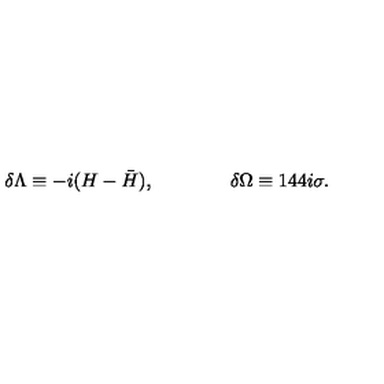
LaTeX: \delta \Lambda \equiv - i ( H - { \bar { H } } ) , \qquad \qquad \delta \Omega \equiv 1 4 4 i \sigma .